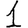
Digit: 1